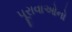
પૂરાવાઓનો